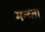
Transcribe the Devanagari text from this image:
मन्य्ता